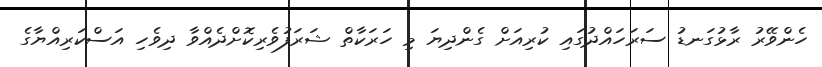
ހެންވޭރު ރާޅުގަނޑު ސަރަހައްދުގައި ކުރިއަށް ގެންދިޔަ މި ހަރަކާތް ޝަރަފުވެރިކޮށްދެއްވާ ދިވެހި އަސްކަރިއްޔާގެ